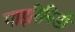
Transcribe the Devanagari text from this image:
गाइरिनिडी